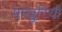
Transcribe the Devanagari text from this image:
पांखुरियों